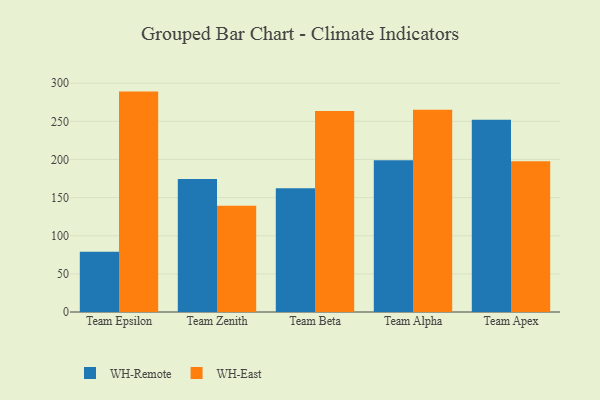
{"axis": {"x": "Team", "y": "Operating Costs (USD K)"}, "legend": ["WH-East", "WH-Remote"], "data": [{"x": "Team Epsilon", "y": 79.0, "type": "WH-Remote"}, {"x": "Team Epsilon", "y": 289.0, "type": "WH-East"}, {"x": "Team Zenith", "y": 174.5, "type": "WH-Remote"}, {"x": "Team Zenith", "y": 139.3, "type": "WH-East"}, {"x": "Team Beta", "y": 162.2, "type": "WH-Remote"}, {"x": "Team Beta", "y": 263.7, "type": "WH-East"}, {"x": "Team Alpha", "y": 199.1, "type": "WH-Remote"}, {"x": "Team Alpha", "y": 265.2, "type": "WH-East"}, {"x": "Team Apex", "y": 252.0, "type": "WH-Remote"}, {"x": "Team Apex", "y": 197.7, "type": "WH-East"}]}